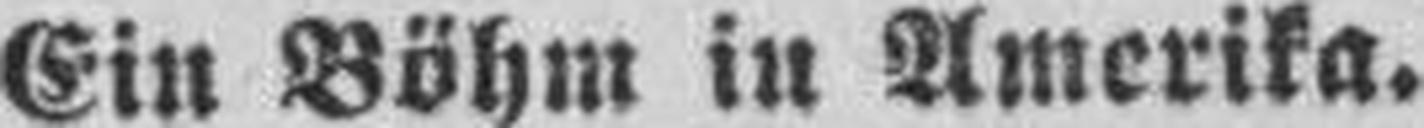
Ein Böhm in Amerika.